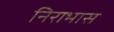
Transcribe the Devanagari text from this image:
निराभास